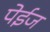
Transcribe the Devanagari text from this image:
पेईज